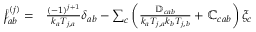
\begin{array} { r l } { \mathcal { f } _ { a b } ^ { ( j ) } = } & { { } \frac { ( - 1 ) ^ { j + 1 } } { k _ { a } T _ { j , a } } \delta _ { a b } - \sum _ { c } \left( \frac { \mathbb { D } _ { c a b } } { k _ { a } T _ { j , a } k _ { b } T _ { j , b } } + \mathbb { C } _ { c a b } \right) \xi _ { c } } \end{array}